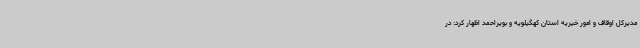
مدیرکل اوقاف و امور خیریه استان کهگیلویه و بویراحمد اظهار کرد: در